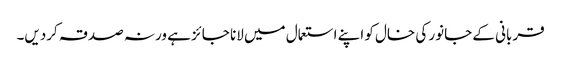
قربانی کے جانور کی خال کو اپنے استعمال میں لانا جائز ہے ورنہ صدقہ کردیں۔